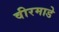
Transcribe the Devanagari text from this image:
वीरमाडे